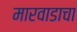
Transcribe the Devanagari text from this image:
मारवाडाचा